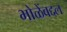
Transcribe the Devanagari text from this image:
भोळेंबद्दल